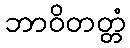
ဘာဝိတတ္တံ